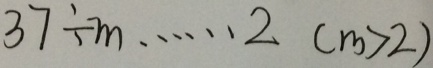
3 7 \div m \cdots 2 ( m > 2 )